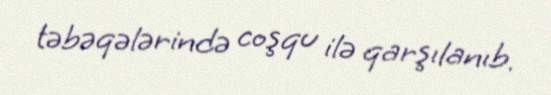
təbəqələrində coşqu ilə qarşılanıb.